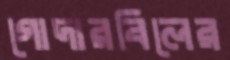
গোদারবিলের